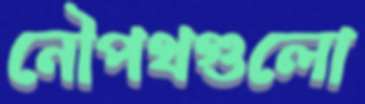
নৌপথগুলো